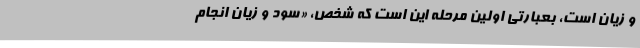
و زیان است، بعبارتی اولین مرحله این است که شخص، «سود و زیان انجام